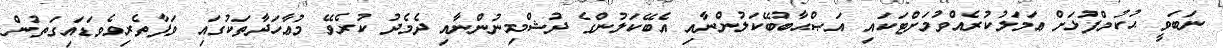
ނަބަވީ ޙުކުމްފުޅަށް ޢަމަލުކުރެއްވުމަށްޓަކައި އަޞްޙާބުބޭކަލުންނާއި އެބޭކަލުންގެ ދުޝްމިނުންނާއި ދެމެދު ކުރެވޭ މުޢާހަދާތަކުގައި ވަފާތެރިވެވަޑައިގަތުން.